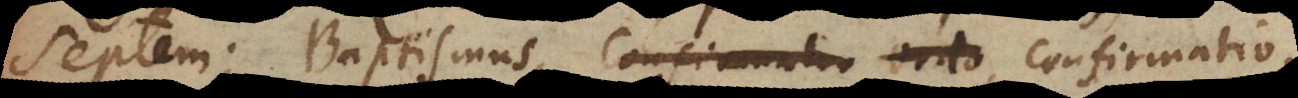
Septem; Baptismus, Confirmatio Ordo, Confirmatio,